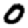
Digit: 0